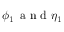
\phi _ { 1 } \, \mathrm { ~ a ~ n ~ d ~ } \eta _ { 1 }